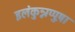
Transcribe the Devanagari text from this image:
इलंकुन्नप्पुष़ा